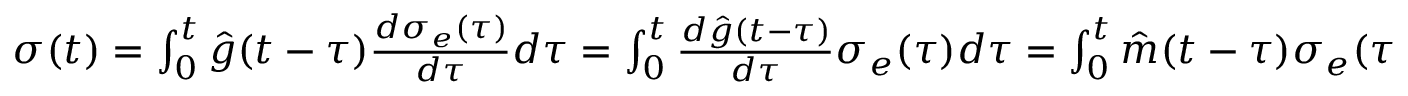
\begin{array} { r } { \sigma ( t ) = \int _ { 0 } ^ { t } \hat { g } ( t - \tau ) \frac { d \sigma _ { e } ( \tau ) } { d \tau } d \tau = \int _ { 0 } ^ { t } \frac { d \hat { g } ( t - \tau ) } { d \tau } \sigma _ { e } ( \tau ) d \tau = \int _ { 0 } ^ { t } \hat { m } ( t - \tau ) \sigma _ { e } ( \tau ) d \tau . } \end{array}